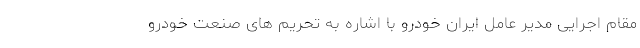
مقام اجرایی مدیر عامل ایران خودرو با اشاره به تحریم های صنعت خودرو